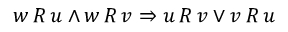
w \, R \, u \land w \, R \, v \Rightarrow u \, R \, v \lor v \, R \, u